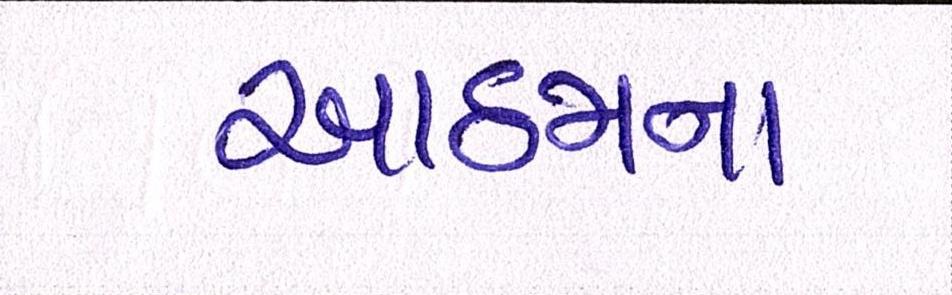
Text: આઠમના